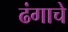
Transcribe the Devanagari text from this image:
ढंगाचे